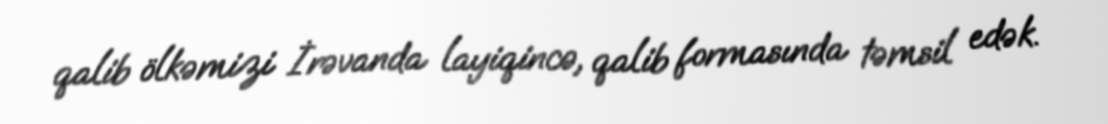
qalib ölkəmizi İrəvanda layiqincə, qalib formasında təmsil edək.